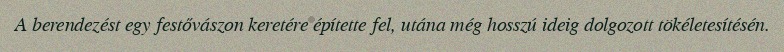
A berendezést egy festővászon keretére építette fel, utána még hosszú ideig dolgozott tökéletesítésén.